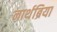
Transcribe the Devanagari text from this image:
नार्थब्रिया